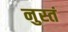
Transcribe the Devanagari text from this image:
नुस्तं